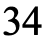
34